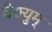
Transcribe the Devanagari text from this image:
वैक्युम्